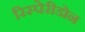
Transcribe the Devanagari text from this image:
रिस्पेरीडोन